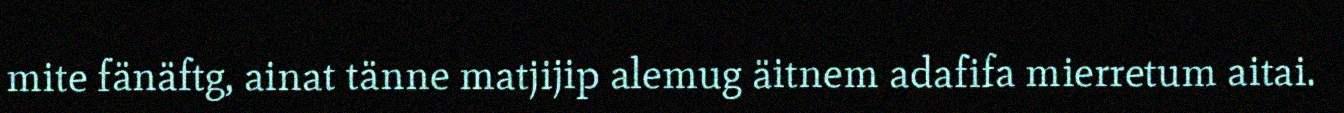
mite fänäftg, ainat tänne matjijip alemug äitnem adafifa mierretum aitai.